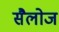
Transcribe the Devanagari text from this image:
सैलोज